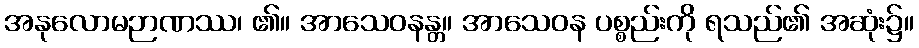
အနုလောမဉာဏဿ၊ ၏။ အာသေဝနန္တ။ အာသေဝန ပစ္စည်းကို ရသည်၏ အဆုံး၌။